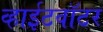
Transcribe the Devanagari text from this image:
व्हाईटवॉटर